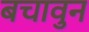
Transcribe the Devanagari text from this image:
बचावुन